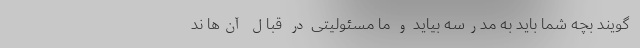
‌گویند بچه شما باید به مدرسه بیاید و ما مسئولیتی در قبال آن‌ها ند